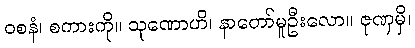
ဝစနံ၊ စကားကို။ သုဏောဟိ၊ နာတော်မူဦးလော။ ဇုဏှမှိ၊